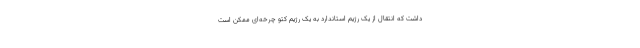
داشت که انتقال از یک رژیم استاندارد به یک رژیم کتو چرخه‌ای ممکن است